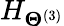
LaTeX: H_{\boldsymbol\Theta^{(3)}}